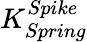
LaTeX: K_{Spring}^{Spike}